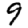
Digit: 9